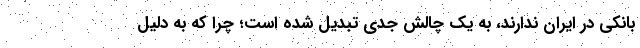
بانکی در ایران ندارند، به یک چالش جدی تبدیل شده است؛ چرا که به دلیل